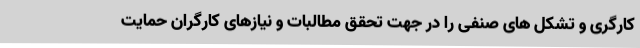
کارگری و تشکل های صنفی را در جهت تحقق مطالبات و نیازهای کارگران حمایت